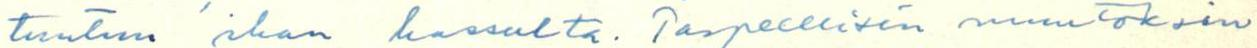
tuntuu ihan hassulta. Tarpeellisin muutoksin